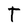
Character: T